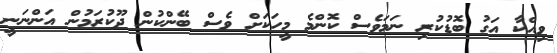
ވިއްކާ އަގު ބޮޑުކުރި ނަމަވެސް ކޮންމެ މީހަކަށް ވެސް ބޭންކުން ދޫކުރަމުން އަންނަނީ